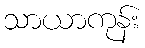
သာယာကုန်း